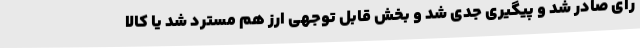
رای صادر شد و پیگیری جدی شد و بخش قابل توجهی ارز هم مسترد شد یا کالا